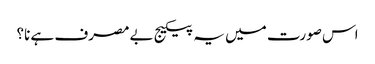
اس صورت میں یہ پیکیج بےمصرف ہے نا؟